Vaccination United Provinces of Agra and Oudh 1923-1928 - 1923-1928
Year: 1923
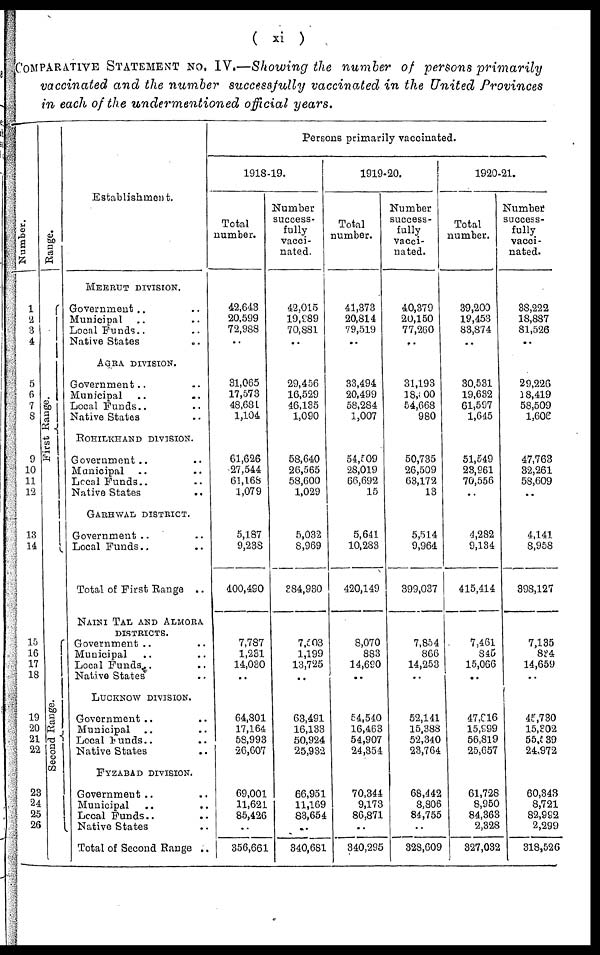
( xi )
COMPARATIVE STATEMENT NO. IV.—Showing the number of persons primarily
vaccinated and the number successfully vaccinated in the United Provinces
in each of the undermentioned official years.
Number.
1
2
3
4
5
6
7
8
9
10
11
12
13
14
15
16
17
18
19
20
21
22
23
24
25
26
Range.
First Range.
Second Range.
Establishment.
MEERUT DIVISION.
Government .. ..
Municipal .. ..
Local Funds .. ..
Native States .. ..
AGRA DIVISION.
Government .. ..
Municipal .. ..
Local Funds .. ..
Native States .. ..
ROHILKHAND DIVISION.
Government .. ..
Municipal .. ..
Local Funds .. ..
Native States .. ..
GARHWAL DISTRICT.
Government .. ..
Local Funds .. ..
Total of First Range ..
NAINI TAL AND ALMORA
DISTRICTS.
Government .. ..
Municipal .. ..
Local Funds .. ..
Native States .. ..
LUCKNOW DIVISION.
Government .. ..
Municipal .. ..
Local Funds .. ..
Native States .. ..
FYZABAD DIVISION.
Government .. ..
Municipal .. ..
Local Funds .. ..
Native States .. ..
Total of Second Range ..
Persons primarily vaccinated.
1918-19.
Total
number.
42,643
20,599
72,988
..
31,065
17,573
48,681
1,104
61,626
27,544
61,168
1,079
5,187
9,238
400,490
7,787
1,231
14,030
..
64,801
17,164
58,993
26,607
69,001
11,621
85,426
..
356,661
Number
success-
fully
vacci-
nated.
42,015
19,989
70,881
..
29,456
16,529
46,135
1,090
58,640
26,565
58,600
1,029
5,032
8,969
384,930
7,503
1,199
13,725
..
63,491
16,133
50,924
25,932
66,951
11,169
83,654
..
340,681
1919-20.
Total
number.
41,373
20,814
79,519
..
33,494
20,499
58,284
1,007
54,509
28,019
66,692
15
5,641
10,283
420,149
8,070
883
14,690
..
54,540
16,463
54,907
24,354
70,344
9,173
86,871
..
340,295
Number
success-
fully
vacci-
nated.
40,379
20,150
77,260
..
31,193
18,500
54,668
980
50,735
26,509
63,172
13
5,514
9,964
399,037
7,854
866
14,253
..
52,141
15,388
52,340
23,764
68,442
8,806
84,755
..
328,609
1920-21.
Total
number.
39,200
19,453
83,874
..
30,531
19,632
61,597
1,645
51,549
23,961
70,556
..
4,282
9,134
415,414
7,461
845
15,066
..
47,816
15,999
56,819
25,657
61,728
8,950
84,363
2,328
327,032
Number
success-
fully
vacci-
nated.
38,222
18,887
81,526
..
29,226
18,419
58,509
1,606
47,763
32,261
58,609
..
4,141
8,958
398,127
7,135
834
14,659
..
45,730
15,302
55,539
24,972
60,343
8,721
82,992
2,299
318,526